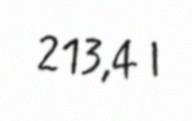
213,4 l